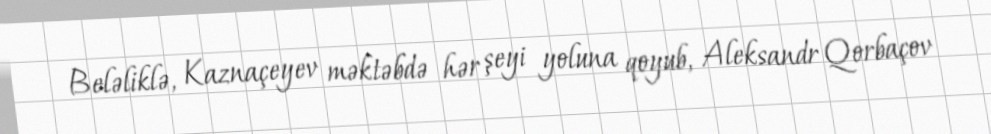
Beləliklə, Kaznaçeyev məktəbdə hər şeyi yoluna qoyub, Aleksandr Qorbaçov